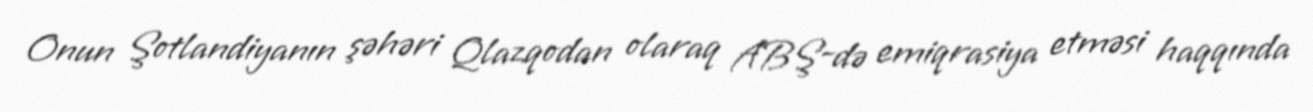
Onun Şotlandiyanın şəhəri Qlazqodan olaraq ABŞ-də emiqrasiya etməsi haqqında